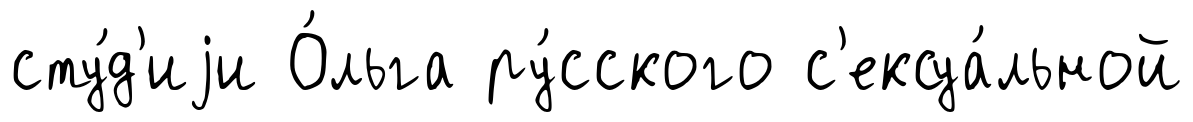
сту́д'иjи О́льга ру́сского с'ексуа́льной